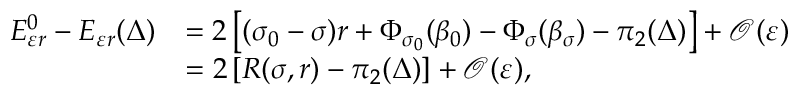
\begin{array} { r l } { E _ { \varepsilon r } ^ { 0 } - E _ { \varepsilon r } ( \Delta ) } & { = 2 \left[ ( \sigma _ { 0 } - \sigma ) r + \Phi _ { \sigma _ { 0 } } ( \beta _ { 0 } ) - \Phi _ { \sigma } ( \beta _ { \sigma } ) - \pi _ { 2 } ( \Delta ) \right] + \mathcal { O } ( \varepsilon ) } \\ & { = 2 \left[ R ( \sigma , r ) - \pi _ { 2 } ( \Delta ) \right] + \mathcal { O } ( \varepsilon ) , } \end{array}